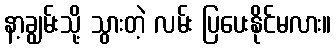
နာ့ချွမ်းသို့ သွားတဲ့ လမ်း ပြပေးနိုင်မလား။